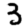
Digit: 3